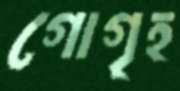
গোগৃহ